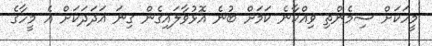
މީހަކަށް ސިމެންތި ވިއްކާނެ ކަމަށް ބުނެ އޮޅުވާލައިގެން ގިނަ އަދަދަކަށް އެ މީހާގެ